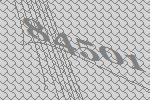
84501